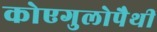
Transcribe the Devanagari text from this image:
कोएगुलोपैथी